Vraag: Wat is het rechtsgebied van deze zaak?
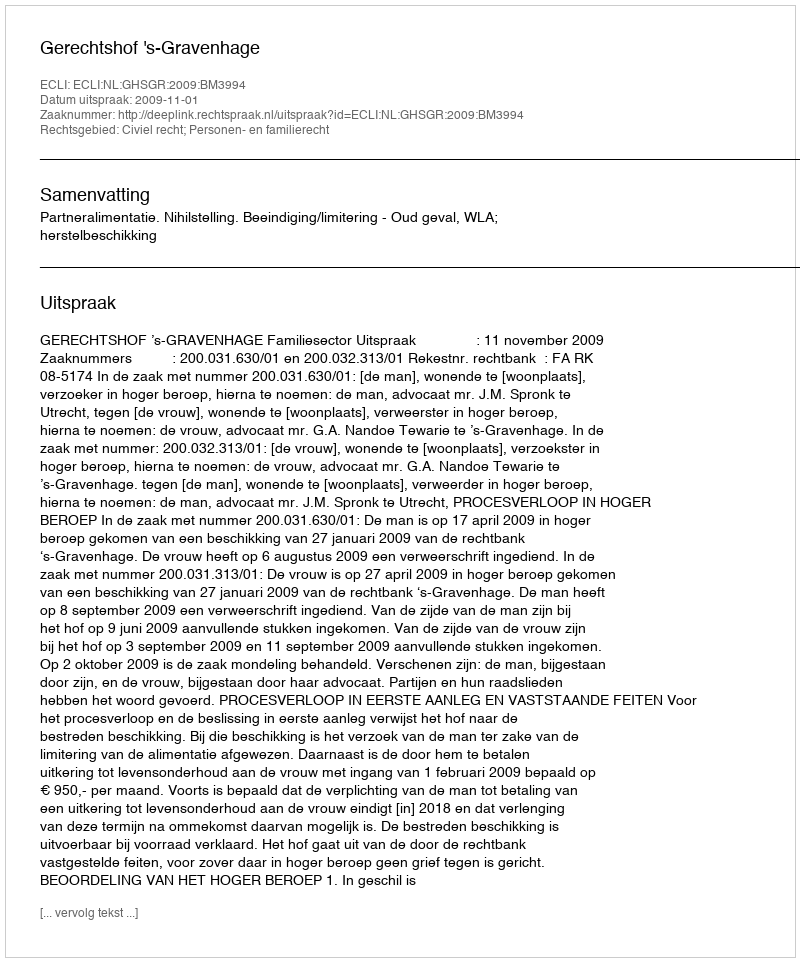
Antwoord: Civiel recht; Personen- en familierecht